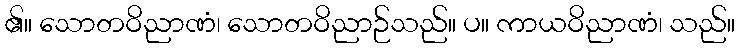
၏။ သောတဝိညာဏံ၊ သောတဝိညာဉ်သည်။ ပ။ ကာယဝိညာဏံ၊ သည်။